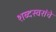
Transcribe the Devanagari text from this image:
शब्दस्वरांचे